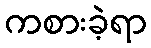
ကစားခဲ့ရာ